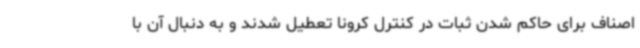
اصناف برای حاکم شدن ثبات در کنترل کرونا تعطیل شدند و به دنبال آن با